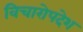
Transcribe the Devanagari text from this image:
विचारोपदेश